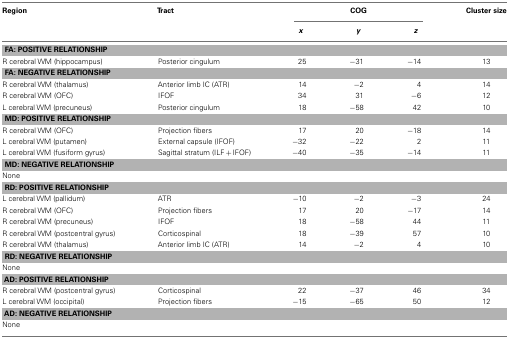
<table><thead><tr><td><b>Region</b></td><td><b>Tract</b></td><td colspan="3"><b>COG</b></td><td><b>Cluster size</b></td></tr><tr><td></td><td></td><td><b><i>x</i></b></td><td><b><i>y</i></b></td><td><b><i>z</i></b></td><td></td></tr></thead><tbody><tr><td colspan="6"><b>FA: POSITIVE RELATIONSHIP</b></td></tr><tr><td>R cerebral WM (hippocampus)</td><td>Posterior cingulum</td><td>25</td><td>−31</td><td>−14</td><td>13</td></tr><tr><td colspan="6"><b>FA: NEGATIVE RELATIONSHIP</b></td></tr><tr><td>R cerebral WM (thalamus)</td><td>Anterior limb IC (ATR)</td><td>14</td><td>−2</td><td>4</td><td>14</td></tr><tr><td>R cerebral WM (OFC)</td><td>IFOF</td><td>34</td><td>31</td><td>−6</td><td>12</td></tr><tr><td>L cerebral WM (precuneus)</td><td>Posterior cingulum</td><td>18</td><td>−58</td><td>42</td><td>10</td></tr><tr><td colspan="6"><b>MD: POSITIVE RELATIONSHIP</b></td></tr><tr><td>R cerebral WM (OFC)</td><td>Projection fibers</td><td>17</td><td>20</td><td>−18</td><td>14</td></tr><tr><td>L cerebral WM (putamen)</td><td>External capsule (IFOF)</td><td>−32</td><td>−22</td><td>2</td><td>11</td></tr><tr><td>L cerebral WM (fusiform gyrus)</td><td>Sagittal stratum (ILF + IFOF)</td><td>−40</td><td>−35</td><td>−14</td><td>11</td></tr><tr><td colspan="6"><b>MD: NEGATIVE RELATIONSHIP</b></td></tr><tr><td>None</td></tr><tr><td colspan="6"><b>RD: POSITIVE RELATIONSHIP</b></td></tr><tr><td>L cerebral WM (pallidum)</td><td>ATR</td><td>−10</td><td>−2</td><td>−3</td><td>24</td></tr><tr><td>R cerebral WM (OFC)</td><td>Projection fibers</td><td>17</td><td>20</td><td>−17</td><td>14</td></tr><tr><td>R cerebral WM (precuneus)</td><td>IFOF</td><td>18</td><td>−58</td><td>44</td><td>11</td></tr><tr><td>R cerebral WM (postcentral gyrus)</td><td>Corticospinal</td><td>18</td><td>−39</td><td>57</td><td>10</td></tr><tr><td>R cerebral WM (thalamus)</td><td>Anterior limb IC (ATR)</td><td>14</td><td>−2</td><td>4</td><td>10</td></tr><tr><td colspan="6"><b>RD: NEGATIVE RELATIONSHIP</b></td></tr><tr><td>None</td></tr><tr><td colspan="6"><b>AD: POSITIVE RELATIONSHIP</b></td></tr><tr><td>R cerebral WM (postcentral gyrus)</td><td>Corticospinal</td><td>22</td><td>−37</td><td>46</td><td>34</td></tr><tr><td>L cerebral WM (occipital)</td><td>Projection fibers</td><td>−15</td><td>−65</td><td>50</td><td>12</td></tr><tr><td colspan="6"><b>AD: NEGATIVE RELATIONSHIP</b></td></tr><tr><td>None</td></tr></tbody></table>